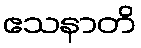
ဧသနာတိ